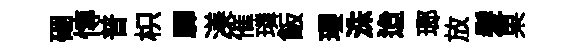
硱慱普枳驛渼催璘飯瓔洙迨瑯放髪果